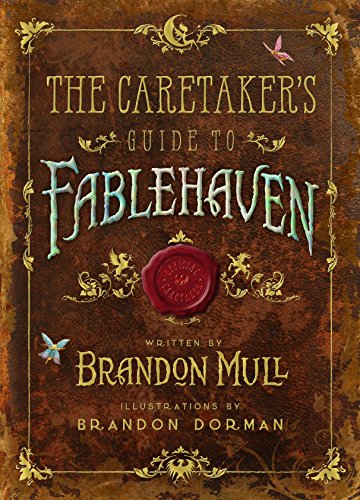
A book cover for The Caretaker's Guide to Fablehaven; Brandon Mull; Children's Books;